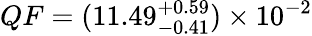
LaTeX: QF=(11.49_{-0.41}^{+0.59})\times 10^{-2}